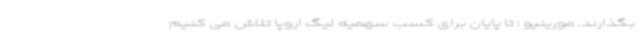
بگذارند. مورینیو : تا پایان برای کسب سهمیه لیگ اروپا تلاش می کنیم